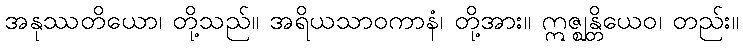
အနုဿတိယော၊ တို့သည်။ အရိယသာဝကာနံ၊ တို့အား။ ဣဇ္ဈန္တိယေဝ၊ တည်း။